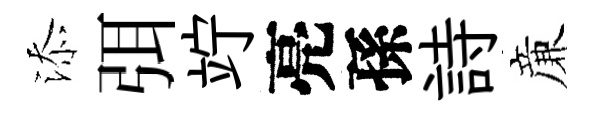
添弭竚亮孫詩亷